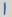
Text: 1